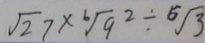
\sqrt { 2 7 } \times \sqrt [ 6 ] { 9 } ^ { 2 } \div \sqrt [ 5 ] { 3 }